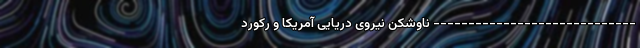
----------------------------- ناوشکن نیروی دریایی آمریکا و رکورد